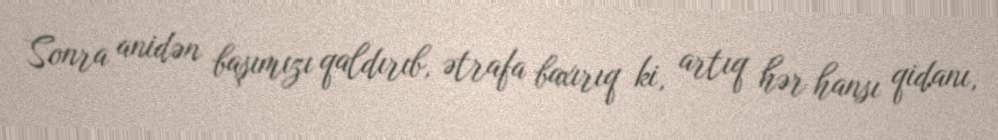
Sonra anidən başımızı qaldırıb, ətrafa baxırıq ki, artıq hər hansı qidanı,